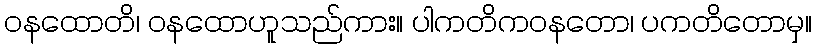
ဝနထောတိ၊ ဝနထောဟူသည်ကား။ ပါကတိကဝနတော၊ ပကတိတောမှ။